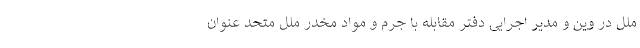
ملل در وین و مدیر اجرایی دفتر مقابله با جرم و مواد مخدر ملل متحد عنوان